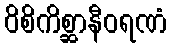
ဝိစိကိစ္ဆာနီဝရဏံ